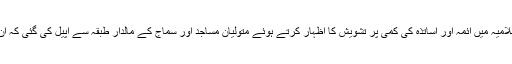
مساجد و مکاتب اور مدارس اسلامیہ میں ائمہ اور اساتذہ کی کمی پر تشویش کا اظہار کرتے ہوئے متولیان مساجد اور سماج کے مالدار طبقہ سے اپیل کی گئی کہ ان کو معقول تنخواہیں دی جائیں۔